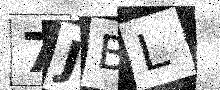
Text: 7JBL